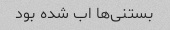
بستنی‌ها اب شده بود